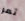
تمر